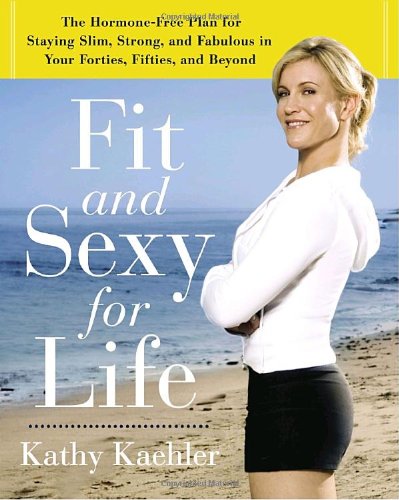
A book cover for Fit and Sexy For Life: The Hormone-Free Plan for Staying Slim, Strong, and Fabulous in Your Forties, Fifties, and Beyond; Kathy Kaehler; Health, Fitness & Dieting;